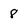
Character: 8